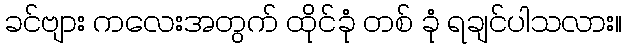
ခင်ဗျား ကလေးအတွက် ထိုင်ခုံ တစ် ခုံ ရချင်ပါသလား။